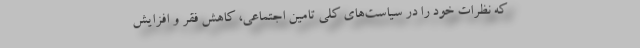
که نظرات خود را در سیاست‌های کلی تامین اجتماعی، کاهش فقر و افزایش